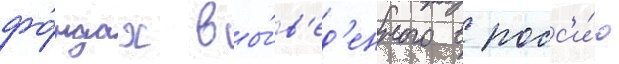
фо́ндах вы́в'ед'енного в росс'и́ю